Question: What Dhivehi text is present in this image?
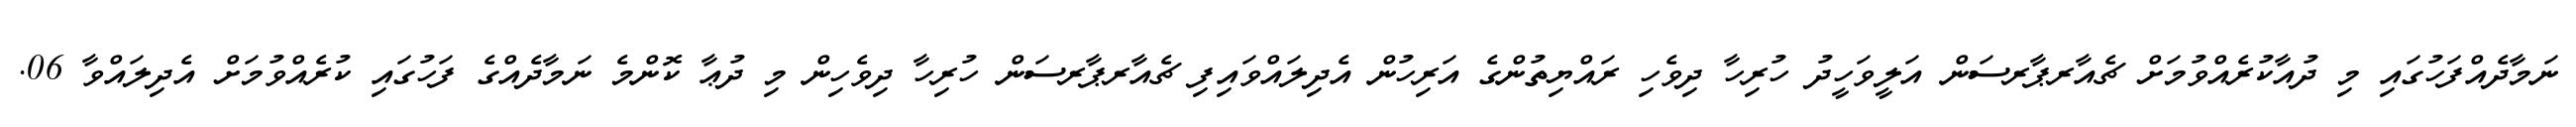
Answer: ނަމާދެއްފަހުގައި މި ދުއާކުރެއްވުމަށް ޗެއާރޕާރސަން އަލީވަހީދު ހުރިހާ ދިވެހި ރައްޔިތުންގެ އަރިހުން އެދިލައްވައިފި ޗެއާރޕާރސަން ހުރިހާ ދިވެހިން މި ދުޢާ ކޮންމެ ނަމާދެއްގެ ފަހުގައި ކުރެއްވުމަށް އެދިލައްވާ 06.